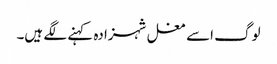
لوگ اسے مغل شہزادہ کہنے لگے ہیں۔